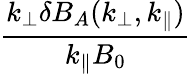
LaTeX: \frac{k_{\perp}\delta B_{A}(k_{\perp},k_{\parallel})}{k_{\parallel}B_{0}}